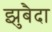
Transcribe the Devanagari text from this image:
झुबैदा